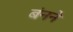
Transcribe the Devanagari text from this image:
बंनने